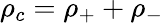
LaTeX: \rho_{c}=\rho_{+}+\rho_{-}